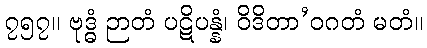
၇၅၇။ ဗုဒ္ဓံ ဉာတံ ပဋိပန္နံ၊ ဝိဒိတာ’ဝဂတံ မတံ။